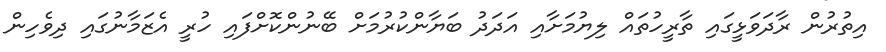
އިތުރުން ރާދަވަޅީގައި ތާރީހުތައް ލިޔުމަށާއި އަދަދު ބަޔާންކުރުމަށް ބޭނުންކޮށްފައި ހުރީ އެޒަމާނުގައި ދިވެހިން